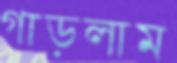
গাড়লাম